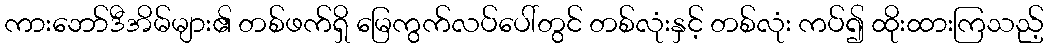
ကားဘော်ဒီအိမ်များ၏ တစ်ဖက်ရှိ မြေကွက်လပ်ပေါ်တွင် တစ်လုံးနှင့် တစ်လုံး ကပ်၍ ထိုးထားကြသည့်